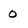
Character: o